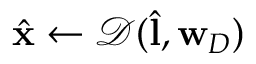
\hat { \mathbf { x } } \leftarrow \mathcal { D } ( \hat { \mathbf { l } } , \mathbf { w } _ { D } )